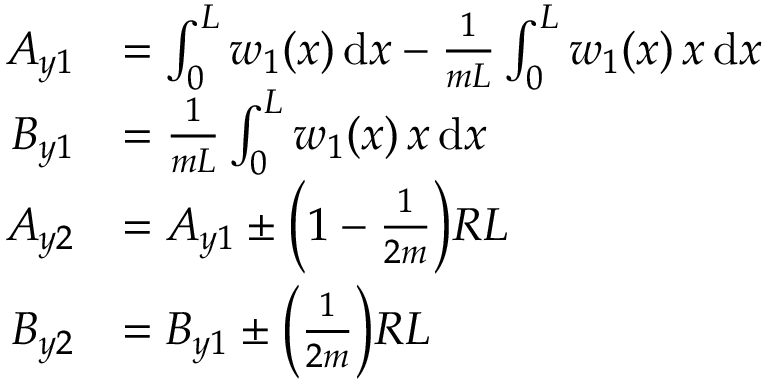
\begin{array} { r l } { A _ { y 1 } } & { = \int _ { 0 } ^ { L } w _ { 1 } ( x ) \, \mathrm { d } x - \frac { 1 } { m L } \int _ { 0 } ^ { L } w _ { 1 } ( x ) \, x \, \mathrm { d } x } \\ { B _ { y 1 } } & { = \frac { 1 } { m L } \int _ { 0 } ^ { L } w _ { 1 } ( x ) \, x \, \mathrm { d } x } \\ { A _ { y 2 } } & { = A _ { y 1 } \pm \bigg ( 1 - \frac { 1 } { 2 m } \bigg ) R L } \\ { B _ { y 2 } } & { = B _ { y 1 } \pm \bigg ( \frac { 1 } { 2 m } \bigg ) R L } \end{array}